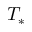
T _ { * }